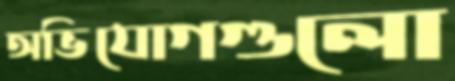
অভিযোগগুলো